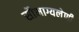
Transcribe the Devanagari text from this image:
सौभाग्यलेणी